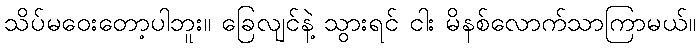
သိပ်မဝေးတော့ပါဘူး။ ခြေလျင်နဲ့ သွားရင် ငါး မိနစ်လောက်သာကြာမယ်။